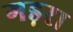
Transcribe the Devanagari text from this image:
गड़रा